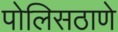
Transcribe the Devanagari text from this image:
पोलिसठाणे